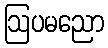
ဩပမညော